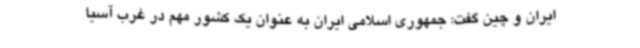
ایران و چین گفت: جمهوری اسلامی ایران به عنوان یک کشور مهم در غرب آسیا